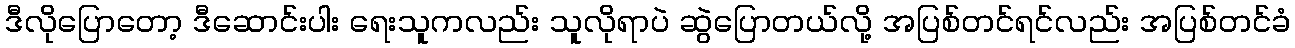
ဒီလိုပြောတော့ ဒီဆောင်းပါး ရေးသူကလည်း သူလိုရာပဲ ဆွဲပြောတယ်လို့ အပြစ်တင်ရင်လည်း အပြစ်တင်ခံ